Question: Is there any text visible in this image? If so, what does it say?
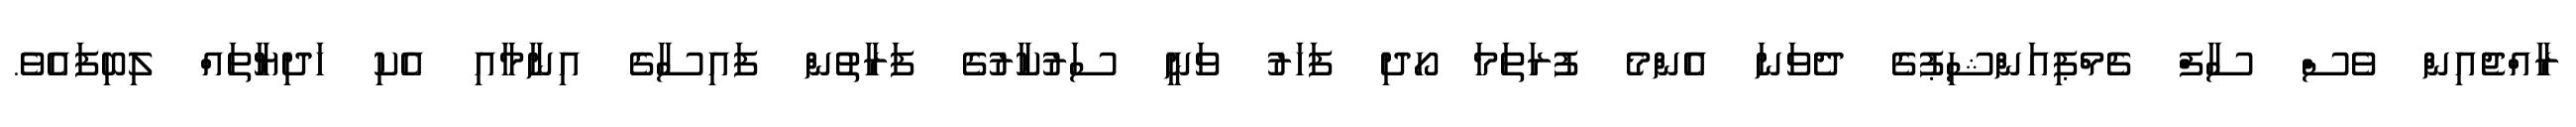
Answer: ރާއްޖެއިން ވެސް ސާފް ޗެމްޕިއަންޝިޕުގެ ދެވަނަ އެންމެ ފުރަތަމަ ހޯދި ފަހަރު ވަނީ ސަރުކާރުގެ ފަރާތުން ފައިސާގެ އިނާމާއި އެކި ހަދިޔާތައް ލިބިފައެވެ.